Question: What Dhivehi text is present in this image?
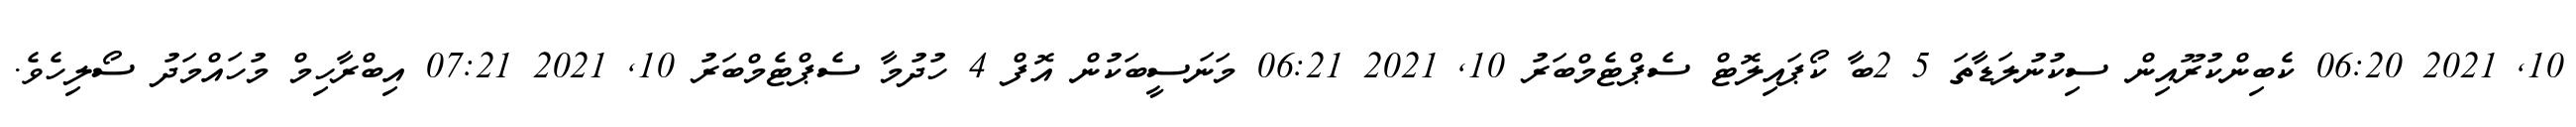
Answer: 10, 2021 06:20 ކެބިންކުރޫއިން ސިކުނުލަޑާތަ 5 2ބާ ކޯޕައިލޮޓް ސެޕްޓެމްބަރު 10, 2021 06:21 މަނަސީބަކުން އޮފް 4 ހުދުމާ ސެޕްޓެމްބަރު 10, 2021 07:21 އިބްރާހިމް މުހައްމަދު ސޯލިހެވެ.